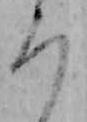
ろ